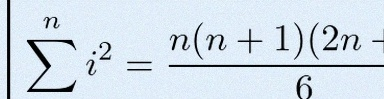
\sum_{i=1}^{n}i^2=\frac{n(n+1)(2n+1)}6